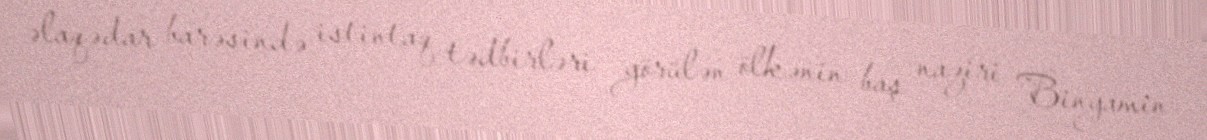
əlaqədar barəsində istintaq tədbirləri görülən ölkənin baş naziri Binyamin